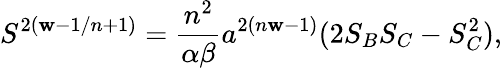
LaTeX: S^{2(\mathbf{w}-1/n+1)}={\frac{{n^{2}}}{{\alpha\beta}}}a^{2(n\mathbf{w}-1)}(2S_{B}S_{C}-S_{C}^{2}),